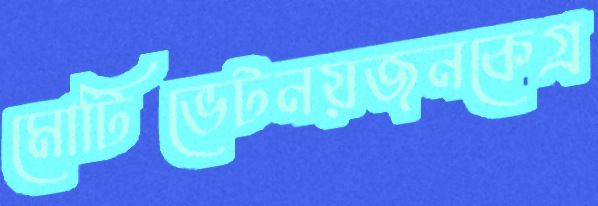
মোটিভেটনয়জনকেগ্র